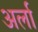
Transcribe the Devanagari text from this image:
अर्ला